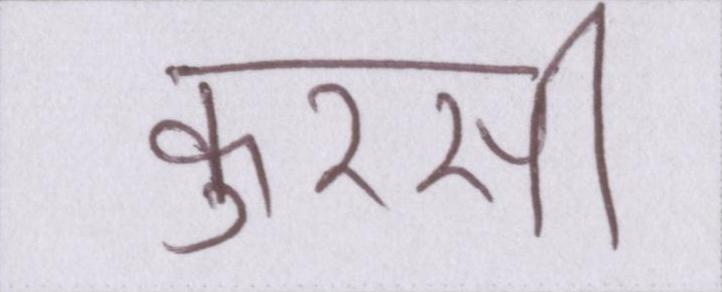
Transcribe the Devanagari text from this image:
कुरसी